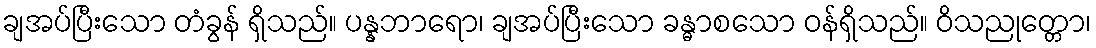
ချအပ်ပြီးသော တံခွန် ရှိသည်။ ပန္နဘာရော၊ ချအပ်ပြီးသော ခန္ဓာစသော ဝန်ရှိသည်။ ဝိသညုတ္တော၊